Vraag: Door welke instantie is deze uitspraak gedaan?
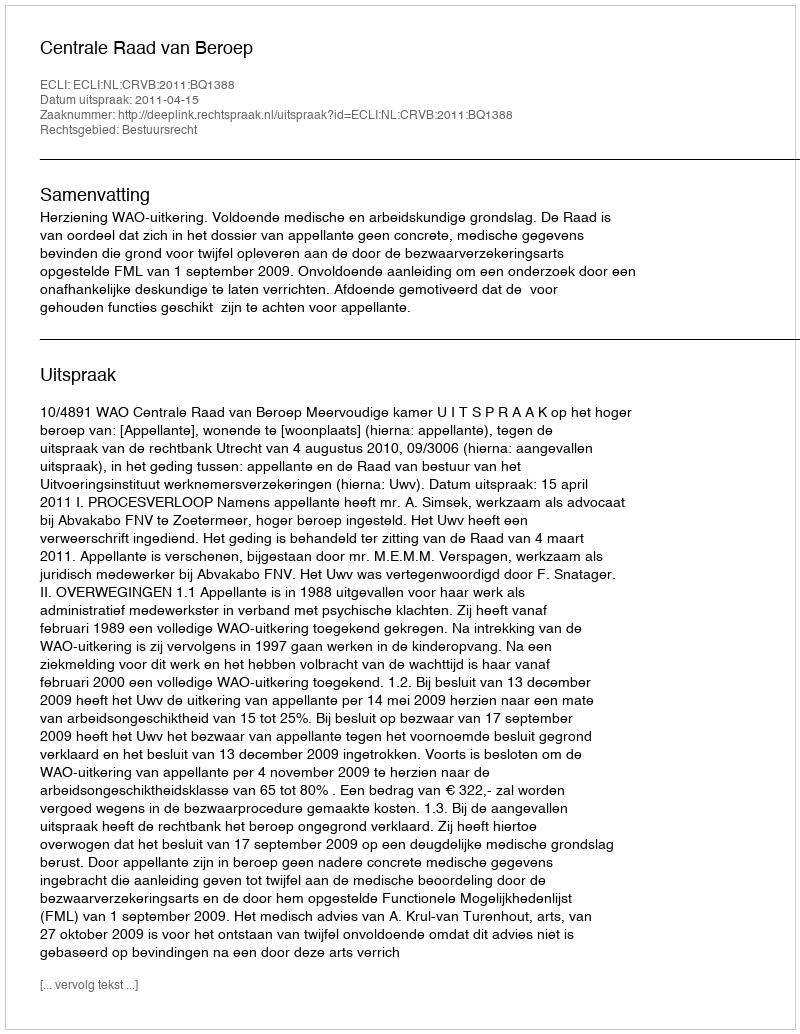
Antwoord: Centrale Raad van Beroep